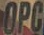
OPC